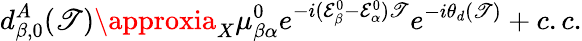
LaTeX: d_{\beta,0}^{A}(\mathscr{T})\approxia_{X}\mu_{\beta\alpha}^{0}e^{-i(\mathcal{{E}}_{\beta}^{0}-\mathcal{{E}}_{\alpha}^{0})\mathscr{T}}e^{-i\theta_{d}(\mathscr{T})}+c.c.